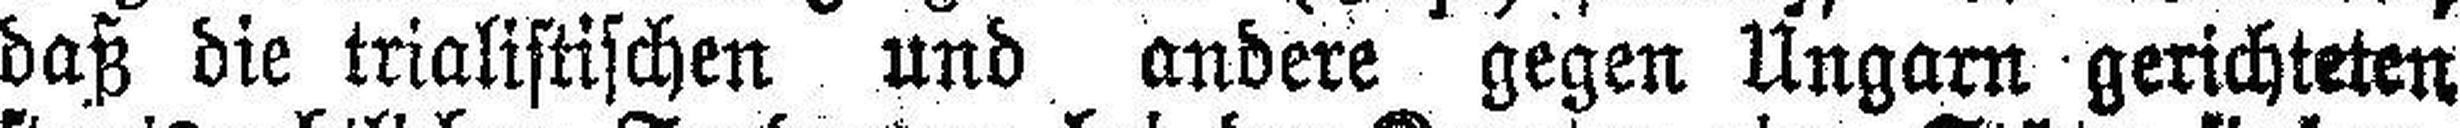
daß die trialistischen und andere gegen Ungarn gerichteten